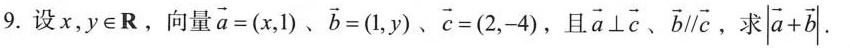
9.设x,y \in R,向量$$\vec{a} = ( x , 1 )、$$\vec{b} = ( 1 , y )$$、$$\vec{C} = ( 2 , -4 )$$,且 \vec{a}\bot \vec{C}、\vec{b} \parallel\vec{C}，求\left | \vec{a}+\vec{b} \right |。